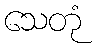
သေတုံ